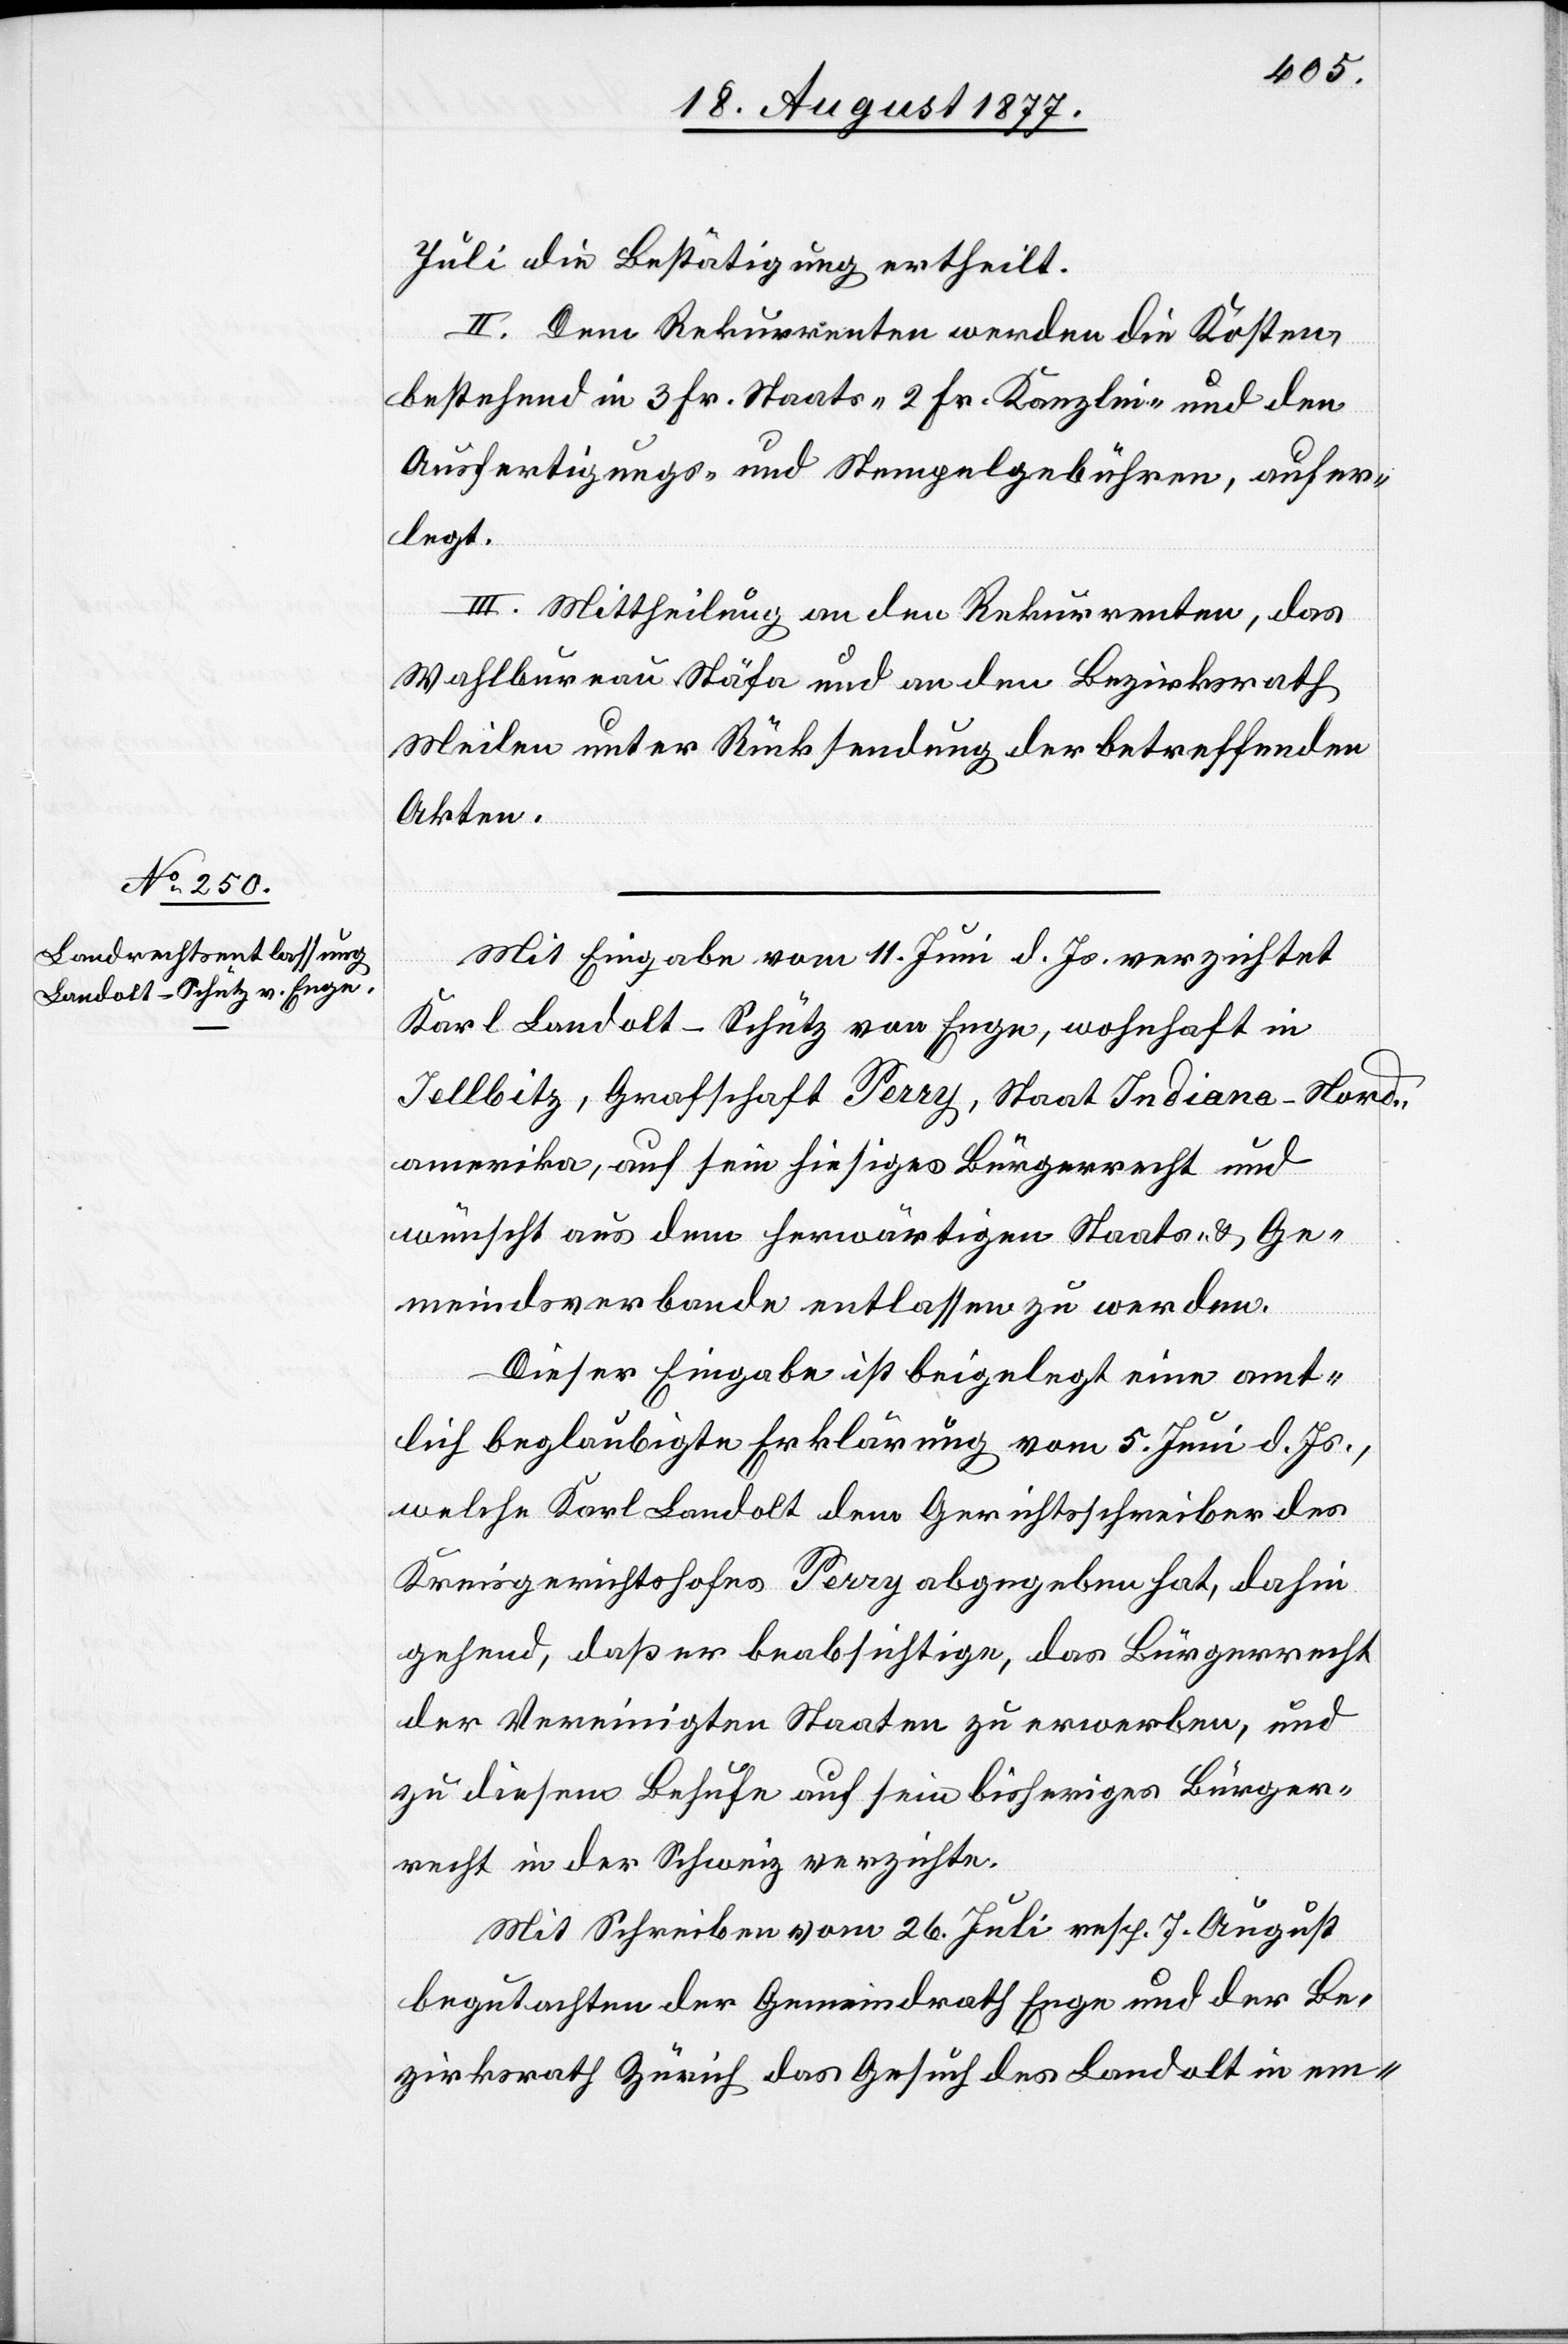
Juli die Bestätigung ertheilt.
II. Dem Rekurrenten werden die Kosten,
bestehend in 3 Fr. Staats-[,] 2 Fr. Kanzlei- und den
Ausfertigungs- und Stempelgebühren, aufer¬
legt.
III. Mittheilung an den Rekurrenten, das
Wahlbureau Stäfa und an den Bezirksrath
Meilen unter Rücksendung der betreffenden
Akten.
Mit Eingabe vom 11. Juni d. Js. verzichtet
Karl Landolt-Schütz von Enge, wohnhaft in
Jellbitz, Grafschaft Perry, Staat Indiana - Nord¬
amerika, auf sein hiesiges Bürgerrecht und
wünscht aus dem herwärtigen Staats- & Ge¬
meindsverbande entlassen zu werden.
Dieser Eingabe ist beigelegt eine amt¬
lich beglaubigte Erklärung vom 5. Juni d. Js.,
welche Karl Landolt dem Gerichtsschreiber des
Kreisgerichtshofes Perry abgegeben hat, dahin
gehend, daß er beabsichtige, das Bürgerrecht
der Vereinigten Staaten zu erwerben, und
zu diesem Behufe auf sein bisheriges Bürger¬
recht in der Schweiz verzichte.
Mit Schreiben vom 26. Juli resp. 7. August
begutachten der Gemeindrath Enge und der Be¬
zirksrath Zürich das Gesuch des Landolt in em-